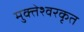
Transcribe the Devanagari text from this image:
मुक्तेश्वरकृत